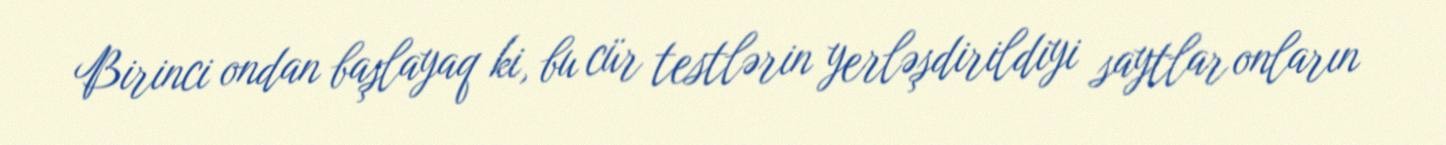
Birinci ondan başlayaq ki, bu cür testlərin yerləşdirildiyi saytlar onların